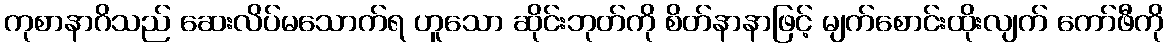
ကုစာနာဂိသည် ဆေးလိပ်မသောက်ရ ဟူသော ဆိုင်းဘုတ်ကို စိတ်နာနာဖြင့် မျက်စောင်းထိုးလျက် ကော်ဖီကို